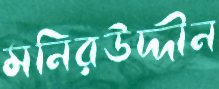
মনিরউদ্দীন